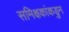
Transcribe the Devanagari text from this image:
समिक्षकांकडुन